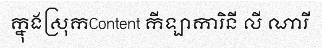
ក្នុងស្រុកContent កីឡាការិនី លី ណារី